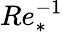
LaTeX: Re_{*}^{-1}